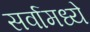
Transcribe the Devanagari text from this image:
सर्वामध्ये